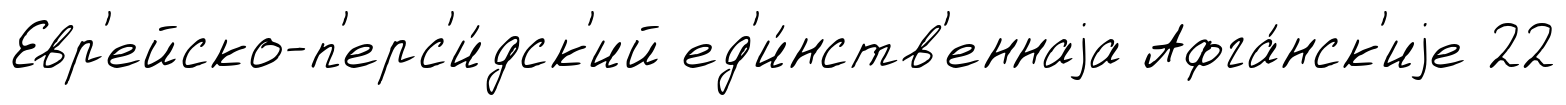
Евр'ейско-п'ерс'и́дск'ий ед'и́нств'еннаjа Афга́нск'иjе 22